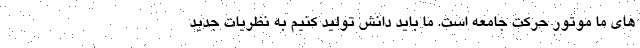
های ما موتور حرکت جامعه است. ما باید دانش تولید کنیم به نظریات جدید